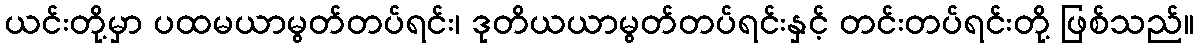
ယင်းတို့မှာ ပထမယာမွတ်တပ်ရင်း၊ ဒုတိယယာမွတ်တပ်ရင်းနှင့် တင်းတပ်ရင်းတို့ ဖြစ်သည်။